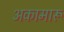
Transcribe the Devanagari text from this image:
अकामारू